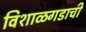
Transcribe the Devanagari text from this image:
विशाळगडाची